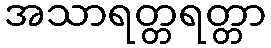
အသာရတ္တရတ္တာ